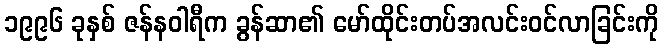
၁၉၉၆ ခုနှစ် ဇန်နဝါရီက ခွန်ဆာ၏ မော်ထိုင်းတပ်အလင်းဝင်လာခြင်းကို